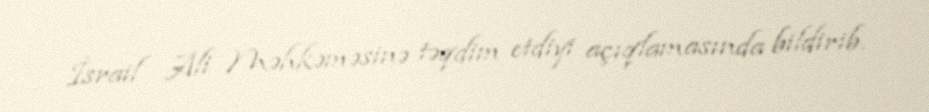
İsrail Ali Məhkəməsinə təqdim etdiyi açıqlamasında bildirib.